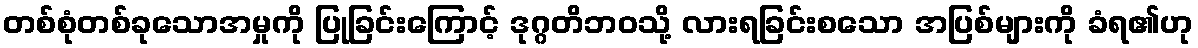
တစ်စုံတစ်ခုသောအမှုကို ပြုခြင်းကြောင့် ဒုဂ္ဂတိဘဝသို့ လားရခြင်းစသော အပြစ်များကို ခံရ၏ဟု